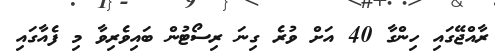
ރާއްޖޭގައި ހިންގާ 40 އަށް ވުރެ ގިނަ ރިސޯޓުން ބައިވެރިވާ މި ފެއާގައި